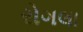
રોગલા